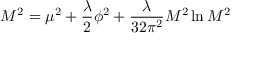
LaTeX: M ^ { 2 } = \mu ^ { 2 } + { \frac { \lambda } { 2 } } \phi ^ { 2 } + { \frac { \lambda } { 3 2 \pi ^ { 2 } } } M ^ { 2 } \ln { M ^ { 2 } }